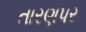
તારણપર